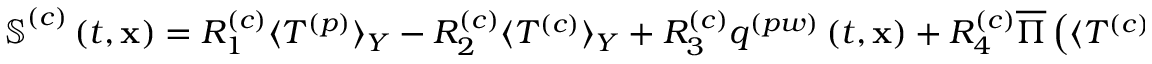
\begin{array} { r } { \boldsymbol { \mathbb { S } } ^ { \left( c \right) } \left( t , \mathbf { x } \right) = R _ { 1 } ^ { \left( c \right) } \langle T ^ { \left( p \right) } \rangle _ { Y } - R _ { 2 } ^ { \left( c \right) } \langle T ^ { \left( c \right) } \rangle _ { Y } + R _ { 3 } ^ { \left( c \right) } q ^ { \left( p w \right) } \left( t , \mathbf { x } \right) + R _ { 4 } ^ { \left( c \right) } \overline { { \Pi } } \left( \langle T ^ { \left( c \right) } \rangle _ { Y } , \mathbf { x } \right) . } \end{array}